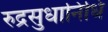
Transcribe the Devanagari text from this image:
रुद्रसुधानिधि